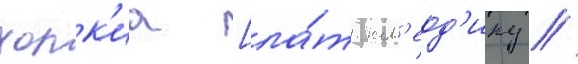
холк'иа [ла́т. кл'еод'ику //